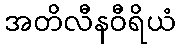
အတိလီနဝီရိယံ